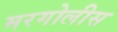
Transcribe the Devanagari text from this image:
मरगोलीस